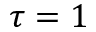
\tau = 1